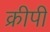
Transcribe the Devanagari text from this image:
क्रीपी